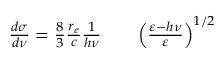
\begin{array} { r l r } { \frac { d \sigma } { d \nu } = \frac { 8 } { 3 } \frac { r _ { e } } { c } \frac { 1 } { h \nu } } & { { } } & { \left( \frac { \varepsilon - h \nu } { \varepsilon } \right) ^ { 1 / 2 } } \end{array}